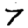
Digit: 7